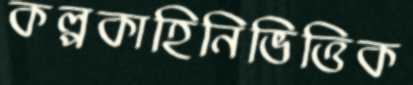
কল্পকাহিনিভিত্তিক